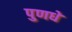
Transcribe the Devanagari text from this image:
पुणधे